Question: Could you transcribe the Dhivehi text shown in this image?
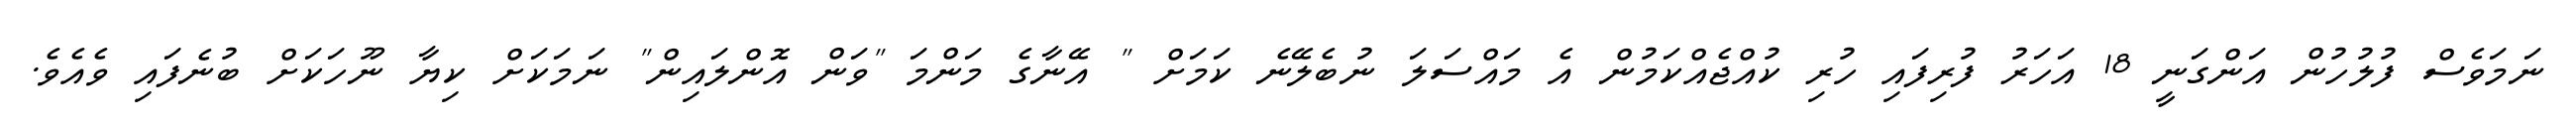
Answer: ނަމަވެސް ފުލުހުން އަންގަނީ 18 އަހަރު ފުރިފައި ހުރި ކުއްޖެއްކަމުން އެ މައްސަލަ ނުބެލޭނެ ކަމަށް " އޭނާގެ މަންމަ "ވަން އޮންލައިން" ނަމަކަށް ކިޔާ ނޫހަކަށް ބުނެފައި ވެއެވެ.